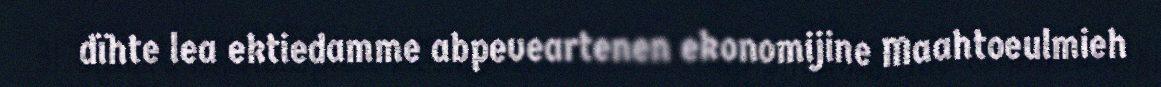
dïhte lea ektiedamme abpeveartenen ekonomijine Maahtoeulmieh